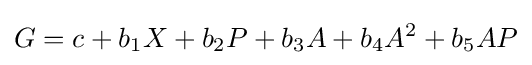
G=c+b_{1}X+b_{2}P+b_{3}A+b_{4}A^{2}+b_{5}AP